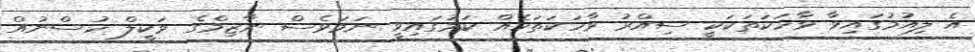
އެ ލިއުމުގައިވާ ވާހަކަތަކަކީ ސިއްރު ވާހަކަތަކެއް ކަމުގައިވީ ނަމަވެސް ނާޒިމްގެ ވަކީލް ހުސްނުއް